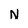
Character: N